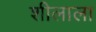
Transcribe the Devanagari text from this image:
शीलाला